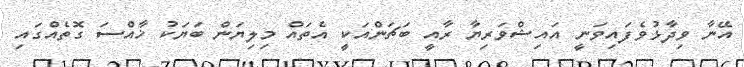
އޭނާ ވިދާޅުވެފައިވަނީ އައިޝްވަރިޔާ ރާއީ ބަޗަންއަކީ އެތައް މިލިޔަން ބަޔަކު ޚާއްސަ ގޮތެއްގައި